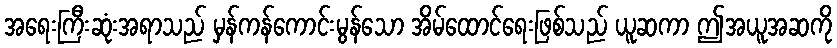
အရေးကြီးဆုံးအရာသည် မှန်ကန်ကောင်းမွန်သော အိမ်ထောင်ရေးဖြစ်သည် ယူဆကာ ဤအယူအဆကို